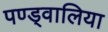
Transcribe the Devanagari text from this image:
पण्ड्वालिया